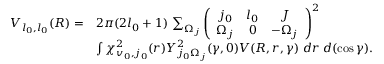
\begin{array} { r l } { V _ { l _ { 0 } , l _ { 0 } } ( R ) = } & { 2 \pi ( 2 l _ { 0 } + 1 ) \, \sum _ { \Omega _ { j } } { \left( \begin{array} { c c c } { j _ { 0 } } & { l _ { 0 } } & { J } \\ { \Omega _ { j } } & { 0 } & { - \Omega _ { j } } \end{array} \right) } ^ { 2 } } \\ & { \int \chi _ { v _ { 0 } , j _ { 0 } } ^ { 2 } ( r ) Y _ { j _ { 0 } \Omega _ { j } } ^ { 2 } ( \gamma , 0 ) V ( R , r , \gamma ) \; d r \; d ( \cos \gamma ) . } \end{array}